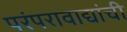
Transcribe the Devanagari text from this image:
परंपरावाद्यांची